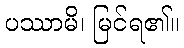
ပဿာမိ၊ မြင်ရ၏။